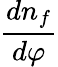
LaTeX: {\frac{dn_{f}}{d\varphi}}